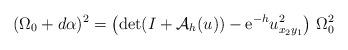
LaTeX: \begin{align*}(\Omega_0+d\alpha)^2=\left(\det(I+\mathcal{A}_{h}(u))-{\rm e}^{-h}u_{x_2y_1}^2\right)\,\Omega_0^2\end{align*}